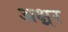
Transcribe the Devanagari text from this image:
अक्ष्रर